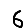
Digit: 6